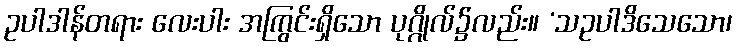
ဥပါဒါန်တရား လေးပါး အကြွင်းရှိသော ပုဂ္ဂိုလ်၌လည်း။ ‘သဥပါဒိသေသော၊